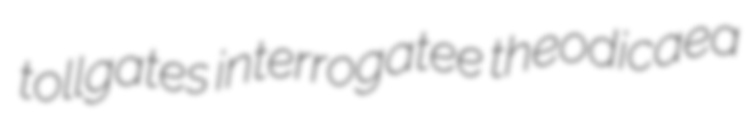
tollgates interrogatee theodicaea